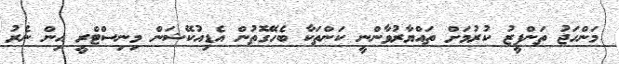
މަންހަޖު ތަންފީޒު ކުރުމަށް ތައްޔާރުވާންނީ ކަންތަކާ ބެހޭގޮތުން އެޑިއުކޭޝަން މިނިސްޓްރީ އިން ނެރު